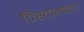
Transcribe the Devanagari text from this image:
विस्तारकर्ता।